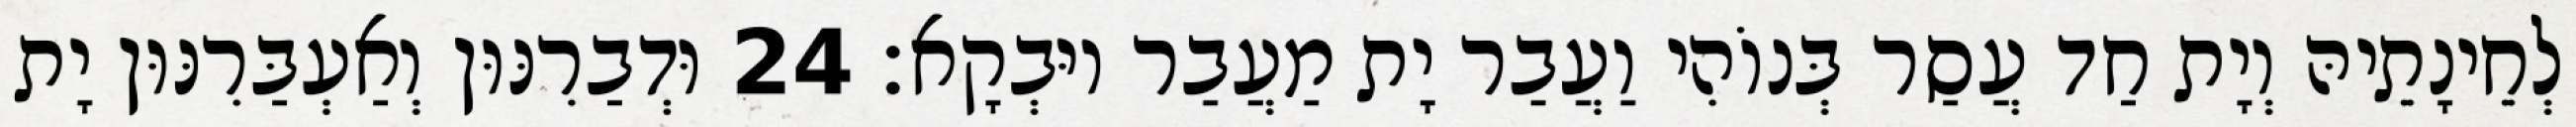
לְחֵינָתֵיהּ וְיָת חַד עֲסַר בְּנוֹהִי וַעֲבַר יָת מַעֲבַר יוּבְקָא׃ 24 וּדְבַרִנּוּן וְאַעְבַּרִנּוּן יָת